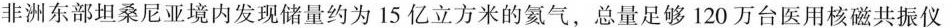
非洲东部坦桑尼亚境内发现储量约为15亿立方米的氦气，总量足够120万台医用核磁共振仪